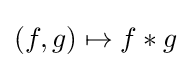
{\textstyle (f,g)\mapsto f*g}